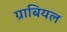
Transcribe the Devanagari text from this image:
ग्राबियल